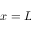
x = L